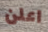
اعلن